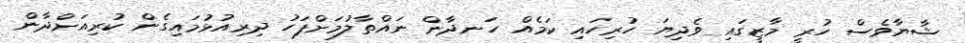
ޝާޔާވެސް ހުރީ މާޒީގައި ވެދިޔަ ހުރިހައި ކަމެއް ހަނދާން ނައްތާލުމަށްފަހު ދިރިއުޅުމައިގެން ކުރިއަށްދާން